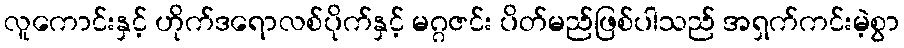
လူကောင်းနှင့် ဟိုက်ဒရောလစ်ပိုက်နှင့် မဂ္ဂဇင်း ပိတ်မည်ဖြစ်ပါသည် အရှက်ကင်းမဲ့စွာ